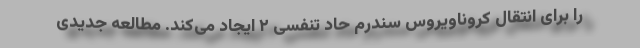
را برای انتقال کروناویروس سندرم حاد تنفسی ۲ ایجاد می‌کند. مطالعه جدیدی